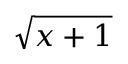
\sqrt { x + 1 }